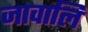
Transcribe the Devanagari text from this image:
जावालि